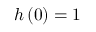
h \left( 0 \right) = 1